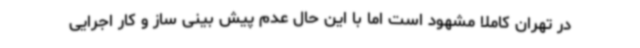
در تهران کاملا مشهود است اما با این حال عدم پیش بینی ساز و کار اجرایی